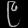
Digit: ၉